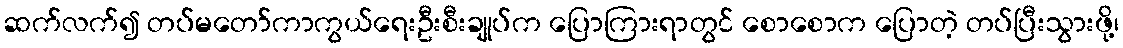
ဆက်လက်၍ တပ်မတော်ကာကွယ်ရေးဦးစီးချုပ်က ပြောကြားရာတွင် စောစောက ပြောတဲ့ တပ်ပြီးသွားဖို့၊